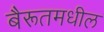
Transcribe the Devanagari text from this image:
बैरूतमधील